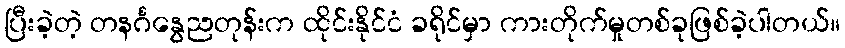
ပြီးခဲ့တဲ့ တနင်္ဂနွေညတုန်းက ထိုင်းနိုင်ငံ ခရိုင်မှာ ကားတိုက်မှုတစ်ခုဖြစ်ခဲ့ပါတယ်။